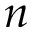
n